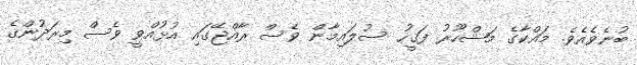
ބުނެވެއެވެ. މައްކާގެ މަޝްހޫރު ފަޤީހު ސުލައިމާން ވެސް ރާއްޖޭގައި އުޅުއްވީ ވެސް މިރަދުންގެ